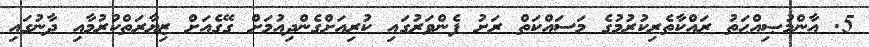
5. އާންމުޞިއްޙަތު ރައްކާތެރިކުރުމުގެ މަސައްކަތް ރަށު ފެންވަރުގައި ކުރިއަށްގެންދިއުމަށް ގޭގެއަށް ޒިޔާރަތްކުރުމާއި ދާނުގައި